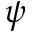
\psi